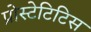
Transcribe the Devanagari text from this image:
प्रोस्टेटिटिस